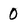
Character: 0